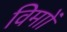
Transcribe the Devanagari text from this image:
विमाों